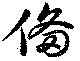
備